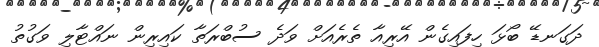
ދަގަނޑޭ ބޯޅަ ހިފައިގެން އޭރިއާ ތެރެއަށް ވަދެ ސުބްރަތާ ކައިރިން ނައްޓާލި ވަގުތު